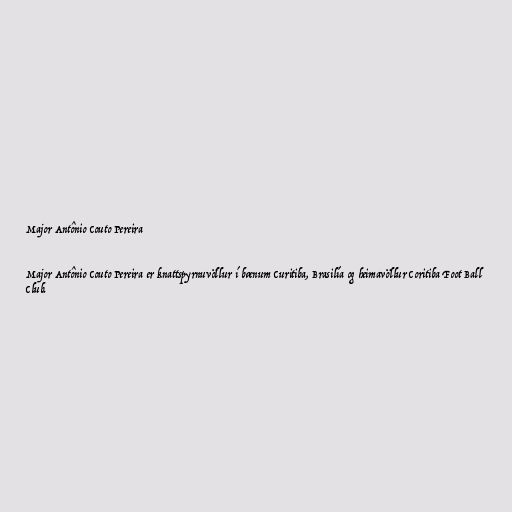
Major Antônio Couto Pereira

Major Antônio Couto Pereira er knattspyrnuvöllur í bænum Curitiba, Brasilía og heimavöllur Coritiba Foot Ball
Club.